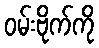
ဝမ်းဗိုက်ကို